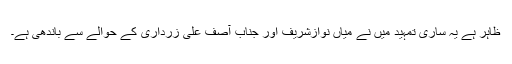
ظاہر ہے یہ ساری تمہید میں نے میاں نوازشریف اور جناب آصف علی زرداری کے حوالے سے باندھی ہے۔